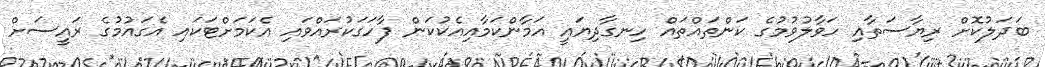
ބަދަލުކޮށް ރިޔާސަތާއި ހަވާލުވުމުގެ ކަންތައްތައް ހިނގާދިޔައީ އަމާންކަމާއިއެކުކަން ފާހަގަކުރައްވައި އެކަމަށްޓަކައި އެގައުމުގެ ރައީސަށް